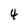
Character: 4